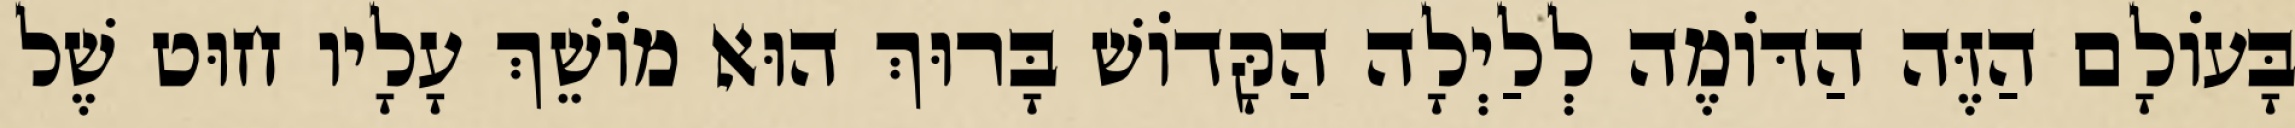
בָּעוֹלָם הַזֶּה הַדּוֹמֶה לְלַיְלָה הַקָּדוֹשׁ בָּרוּךְ הוּא מוֹשֵׁךְ עָלָיו חוּט שֶׁל